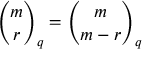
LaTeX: { \binom { m } { r } } _ { q } = { \binom { m } { m - r } } _ { q }